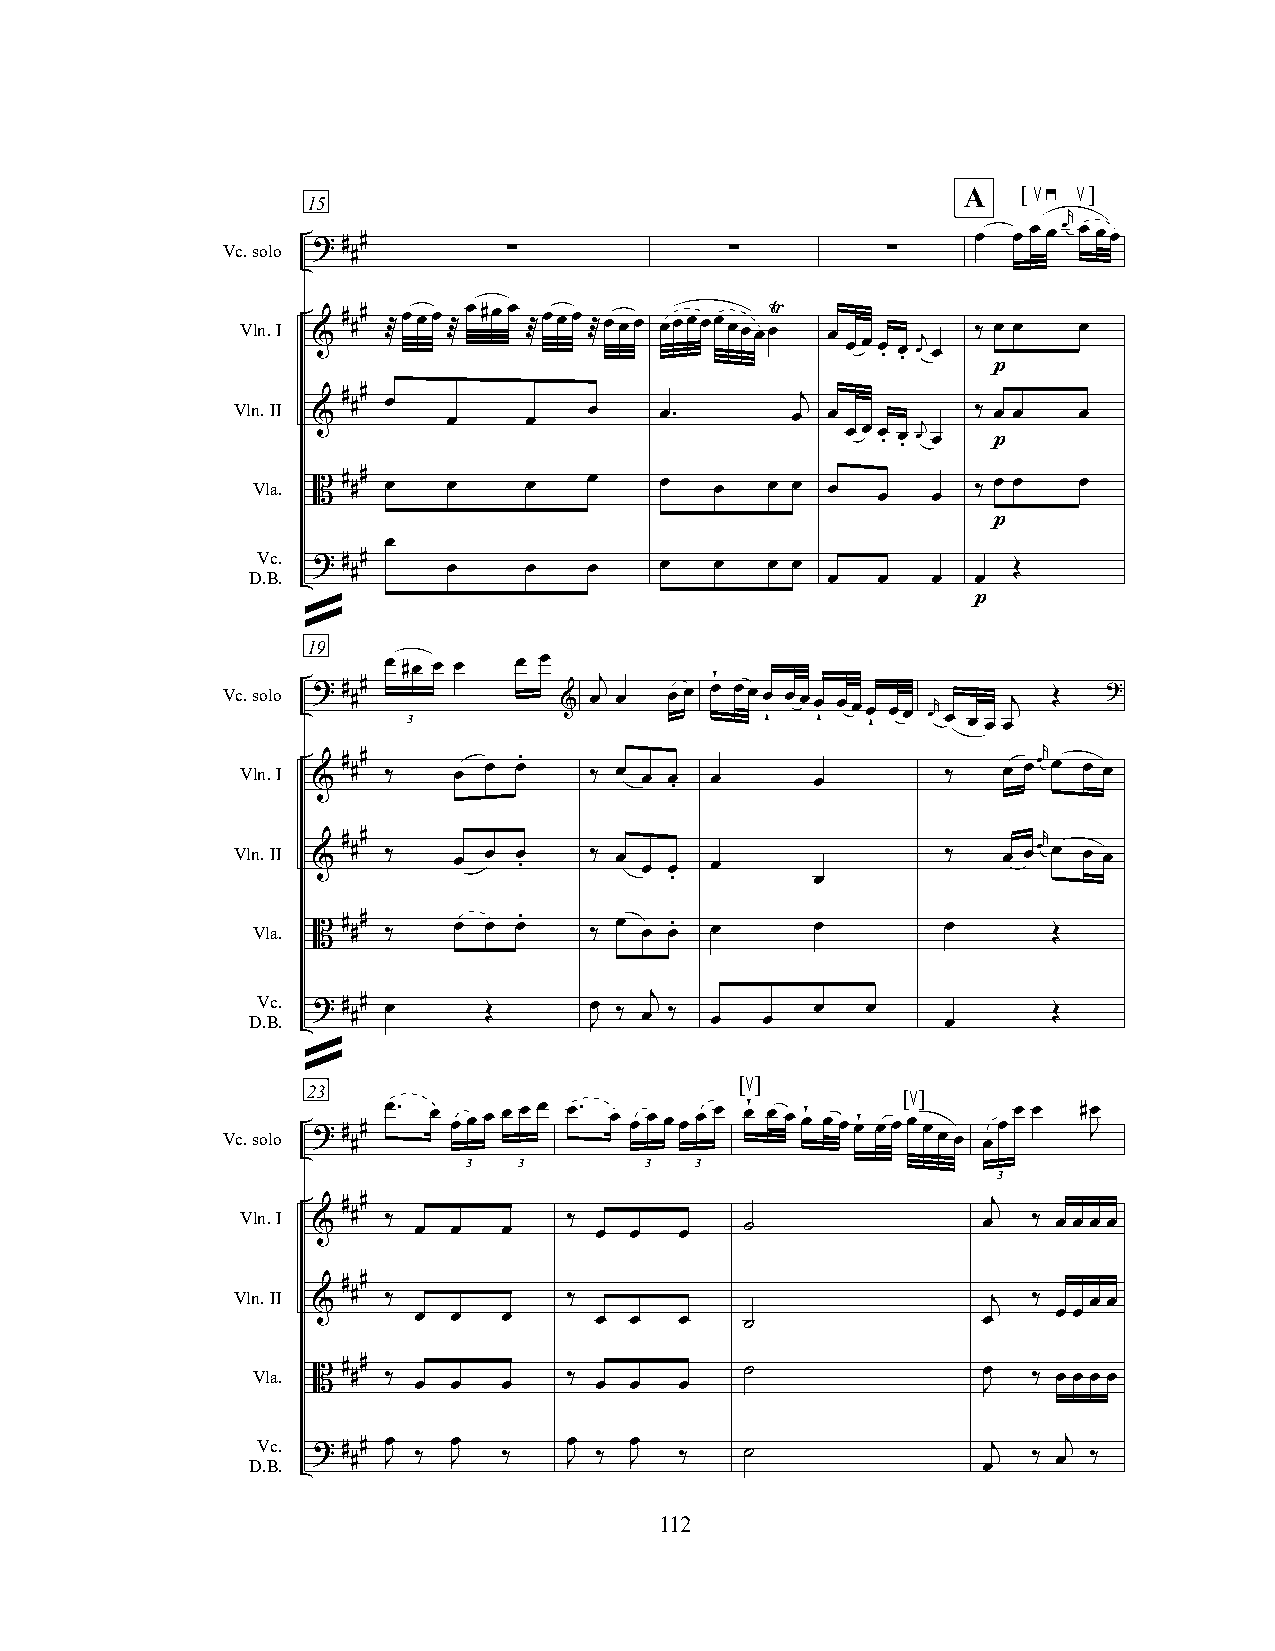
A   [   ]
 15                                              ≤≥ ≤
 r
 Vc.solo ? # #                                     œ œ œ œœ œ œœ
 #          ∑             ∑          ∑
 Vln.I & # ## Æœœœ Æœ#œ œ Æœœœ Æœœœ œœœœœ œœœœŸ œ œ œ œ . œ . œj œ ‰ œ œ œ
 p
 Vln.II
 &
 # ## œ
 œ    œ   œ    œ.
 œj
 œ œ œ œ . œ . œj œ ‰ pœ œ œ
 Vla. B # ## œ œ   œ   œ    œ  œ   œ œ œ         ‰ œ œ œ
 œ   œ
 p
 œ
 DV .Bc. . ? # ## œ œ  œ    œ  œ   œ œ             Œ
 œ  œ   œ  œ
 p
 »
 19
 œ #œ œ œ œ œ         ¥
 Vc.solo ? # ##
 3
 & œj œ œ œ œ œœœ
 ˇ
 œœœ
 ˇ
 œœœ
 ˇ œœ
 œr
 œ œ œ
 œj  Œ  ?
 r
 Vln.I & # ## ‰ œ œ œ.  ‰ œ œ œ . œ    œ        ‰  œ œœ œ œ œ
 # #                                           r
 Vln.II & # ‰   œ œ œ .  ‰ œ œ œ œ               ‰  œ œœ œ œ œ
 .         œ
 Vla. B # ## ‰ œ œ œ.  ‰ œ œ œ. œ     œ        œ      Œ
 DV .Bc. . ? # ## œ Œ  Jœ ‰ œj ‰ œ œ  œ  œ     œ      Œ
 »
 [ ]
 23                           ≤          [ ]
 Vc.solo ? # ## œ. œ œ œ œ œ œ œ œ. œ œ œ œœ œ œ œ¥ œ œ œ¥ œœœ¥ œ œœ≤ œ œ œ œœ œ œ # Jœ
 3  3        3  3
 3
 # #                                        j
 Vln.I & # ‰ œ œ  œ    ‰ œ œ  œ   ˙               œ  ‰ œ œ œ œ
 # #
 Vln.II & # ‰           ‰                           j ‰   œ œ
 œ  œ  œ     œ  œ  œ   ˙               œ    œ œ
 Vla.  # #                       ˙               œ
 B #  ‰           ‰                             ‰ œ œ œ œ
 œ  œ  œ     œ  œ  œ                   J
 DV .Bc. . ? # ## Jœ ‰ Jœ ‰ Jœ ‰ Jœ ‰ ˙           j ‰ œj ‰
 œ
 112